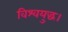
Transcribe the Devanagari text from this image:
विश्वयुद्ध।